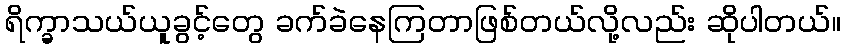
ရိက္ခာသယ်ယူခွင့်တွေ ခက်ခဲနေကြတာဖြစ်တယ်လို့လည်း ဆိုပါတယ်။